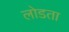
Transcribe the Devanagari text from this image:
लोडता